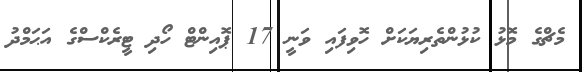
މެޗްގެ މޮޅު ކުޅުންތެރިޔަކަށް ހޮވިފައި ވަނީ 17 ޕޮއިންޓް ހޯދި ޓީރެކްސްގެ އަޙަމްދު